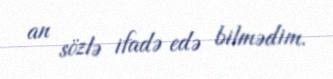
an sözlə ifadə edə bilmədim.